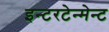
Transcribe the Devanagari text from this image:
इन्टरटेन्मेन्ट